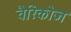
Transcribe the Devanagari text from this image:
वैरिकोज